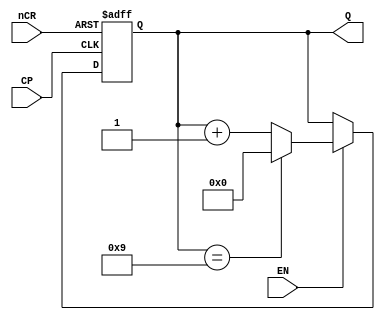
//**************** counter10.v ( BCD: 0~9 ) **************
module Counter10(Q, nCR, EN, CP);
    input CP, nCR, EN;
    output [3:0]	Q;
    reg    [3:0] 	Q;
    always @(posedge CP or negedge nCR)
    begin
      if(~nCR)    Q <= 4'b0000;         // nCR0
      else if(~EN)  Q <= Q;               //EN=0,
      else if(Q == 4'b1001)  Q <= 4'b0000; 
      else 	Q <= Q + 1'b1;       //1
    end
endmodule 
//***************** counter6.v (BCD: 0~5)******************
module Counter6(Q, nCR, EN, CP);
    input CP, nCR, EN;
    output [3:0] Q;
    reg    [3:0] Q;
    always @(posedge CP or negedge nCR)
    begin
      if(~nCR)  Q <= 4'b0000;   // nCR0
      else if(~EN)  Q <= Q;     //EN=0,
      else if(Q == 4'b0101) Q <= 4'b0000;
      else 	Q <= Q + 1'b1;      //1
    end
endmodule 
//************* counter60.v (BCD: 00~59)***********
//60106
module Counter60(Cnt, nCR, EN, CP);
    input CP, nCR, EN;
    output wire [7:0] Cnt;       //608421 BCD
    wire  ENP;                 //

   Counter10 UC0 (Cnt[3:0], nCR, EN, CP);  //
   Counter6  UC1 (Cnt[7:4], nCR, ENP, CP); //
   assign  ENP = (Cnt[3:0]==4'h9) &EN;  
   //
endmodule